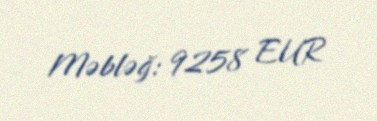
Məbləğ: 9258 EUR